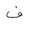
Letter: _fa